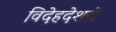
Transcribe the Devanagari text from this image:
विदेहदेशसे